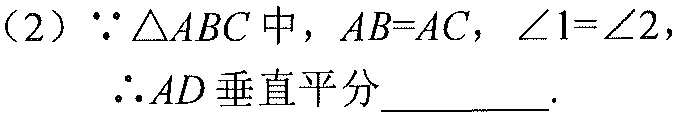
（2）$\because\triangle ABC$中，$AB = AC$，$\angle1=\angle2$，
$\therefore AD$垂直平分________.